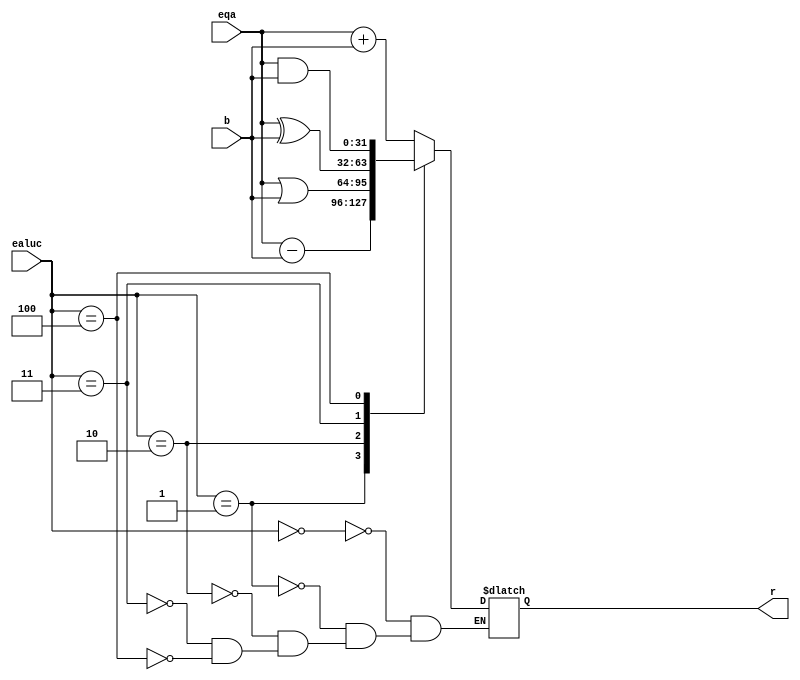
`timescale 1ns / 1ps

module ALU(input [31:0] eqa, input [31:0] b, input [3:0] ealuc, output reg [31:0] r);
    always @(*) begin
        case (ealuc)
            0:  r<= eqa + b;
            1:  r<= eqa - b;
            2:  r<= eqa | b;
            3:  r<= eqa ^ b;
            4:  r<= eqa & b;
        endcase
    end
endmodule